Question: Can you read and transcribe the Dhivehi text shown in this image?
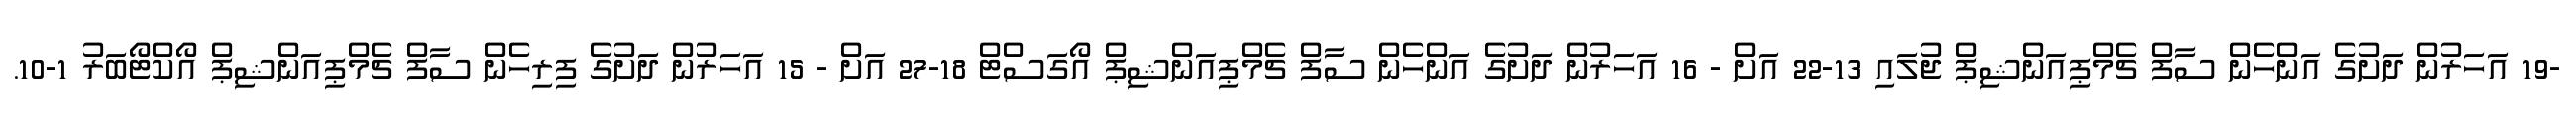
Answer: -19 އަހަރުން ދަށުގެ އަންހެން ސާފް ޗެމްޕިއަންޝިޕް ޖުލައި 13-22 އަށް - 16 އަހަރުން ދަށުގެ އަންހެން ސާފް ޗެމްޕިއަންޝިޕް އޯގަސްޓް 18-27 އަށް - 15 އަހަރުން ދަށުގެ ފިރިހެން ސާފް ޗެމްޕިއަންޝިޕް އޯކްޓޯބަރު 1-10.